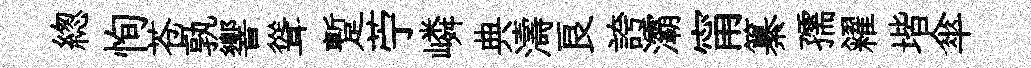
緫恂苍孰響聳蹔苧嶙典濤良誇灞甯纂孺糴堦傘